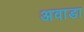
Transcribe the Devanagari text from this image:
अवाडा